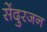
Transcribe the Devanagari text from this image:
सेंदुरजन